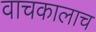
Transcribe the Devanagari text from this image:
वाचकालाच